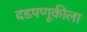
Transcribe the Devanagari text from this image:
दडपणूकीला